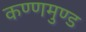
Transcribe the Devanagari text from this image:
कण्णमुण्ड